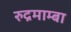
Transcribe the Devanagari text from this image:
रुद्रमाम्बा